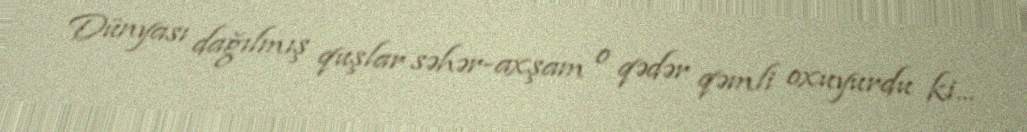
Dünyası dağılmış quşlar səhər-axşam o qədər qəmli oxuyurdu ki...